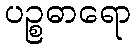
ပဉ္စဓာရော